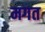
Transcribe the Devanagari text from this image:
मगत